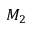
M _ { 2 }